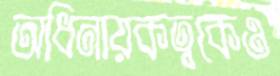
অধিনায়কত্বকেও